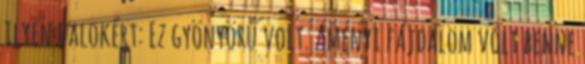
ilyen dalokért: Ez gyönyörű volt. Amenyi fájdalom volt benne